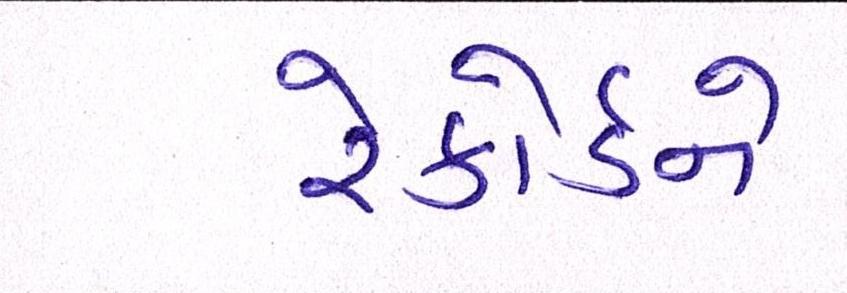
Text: રેકોર્ડને